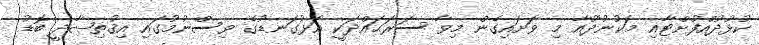
ކުޅުދުއްފުށްޓާއި މަކުނުދޫއާ މި ވަށައިގެން މިވާ ސަރަޙައްދަކީ އަޅުގަނޑުގެ ވިސްނުމުގައި އިޤުތިޞާދީ ބޮޑު